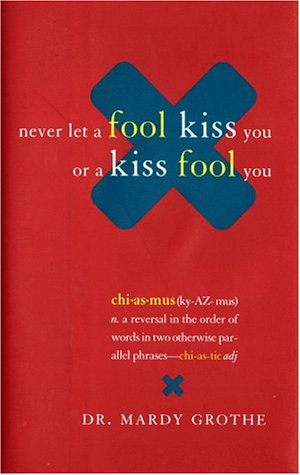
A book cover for Never Let a Fool Kiss You or a Kiss Fool You : Chiasmus and a World of Quotations That Say What They Mean and Mean What They Say; Reference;